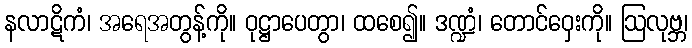
နလာဋိကံ၊ အရေအတွန့်ကို။ ဝုဋ္ဌာပေတွာ၊ ထစေ၍။ ဒဏ္ဍံ၊ တောင်ဝှေးကို။ ဩလုဗ္ဘ၊